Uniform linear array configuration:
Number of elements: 16
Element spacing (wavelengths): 0.75
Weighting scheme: exponential
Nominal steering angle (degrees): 30
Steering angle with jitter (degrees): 30.662
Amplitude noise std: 0.05
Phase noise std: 0.05

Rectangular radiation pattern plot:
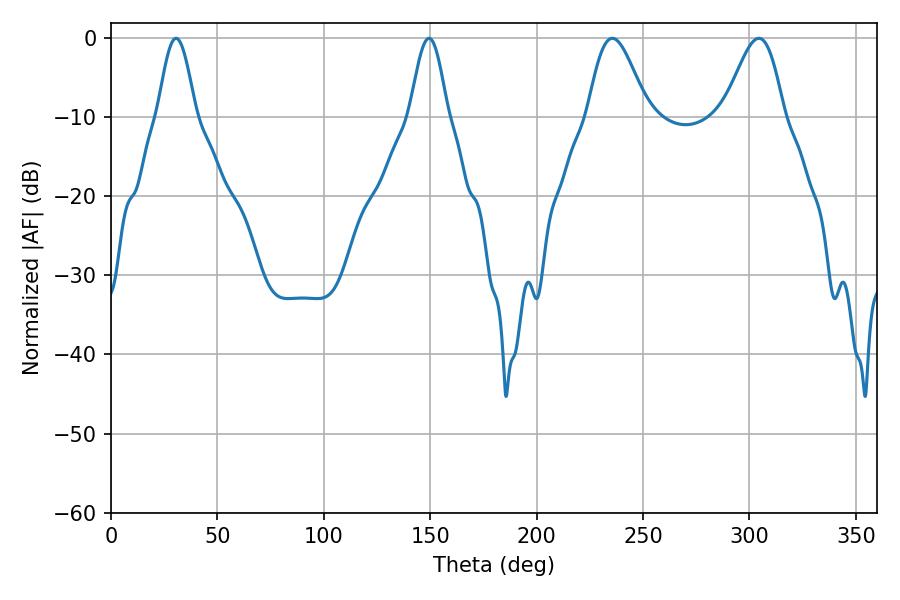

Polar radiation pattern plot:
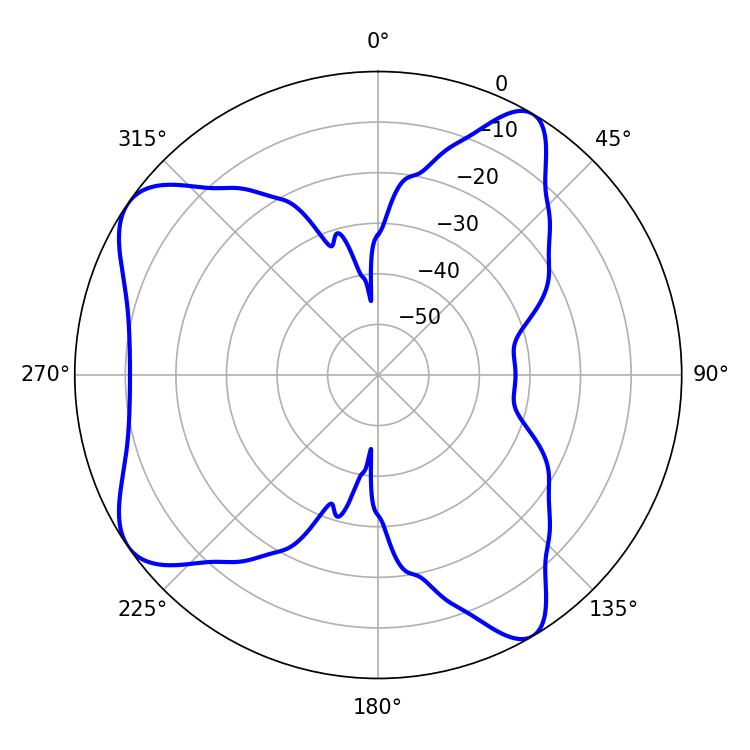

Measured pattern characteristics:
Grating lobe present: TRUE
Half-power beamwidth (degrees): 14.76
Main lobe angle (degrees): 235.62